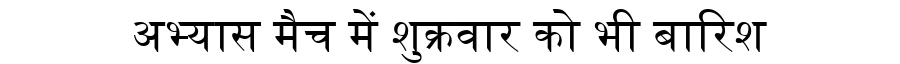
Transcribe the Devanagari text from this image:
अभ्यास मैच में शुक्रवार को भी बारिश